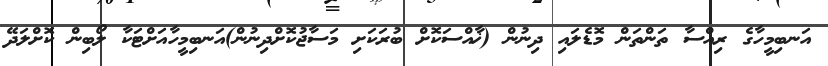
އަނބިމީހާގެ ރިއްސާ ތަންތަން މޮޑެލައި ދިނުން (ޚާއްސަކޮށް ބުރަކަށި މަސާޖުކޮށްދިނުން)އަނބިމީހާއަށްޓަކާ ލޯބިން ކޮށްލަދޭ